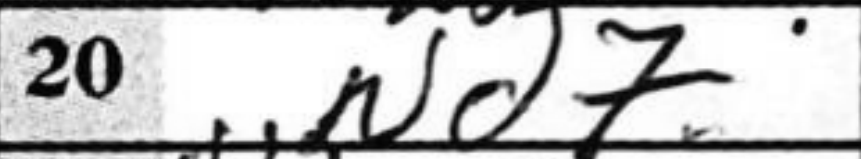
Transcription: Nd7